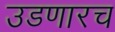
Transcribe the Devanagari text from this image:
उडणारच